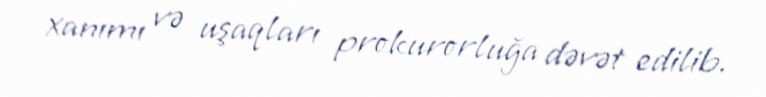
xanımı və uşaqları prokurorluğa dəvət edilib.